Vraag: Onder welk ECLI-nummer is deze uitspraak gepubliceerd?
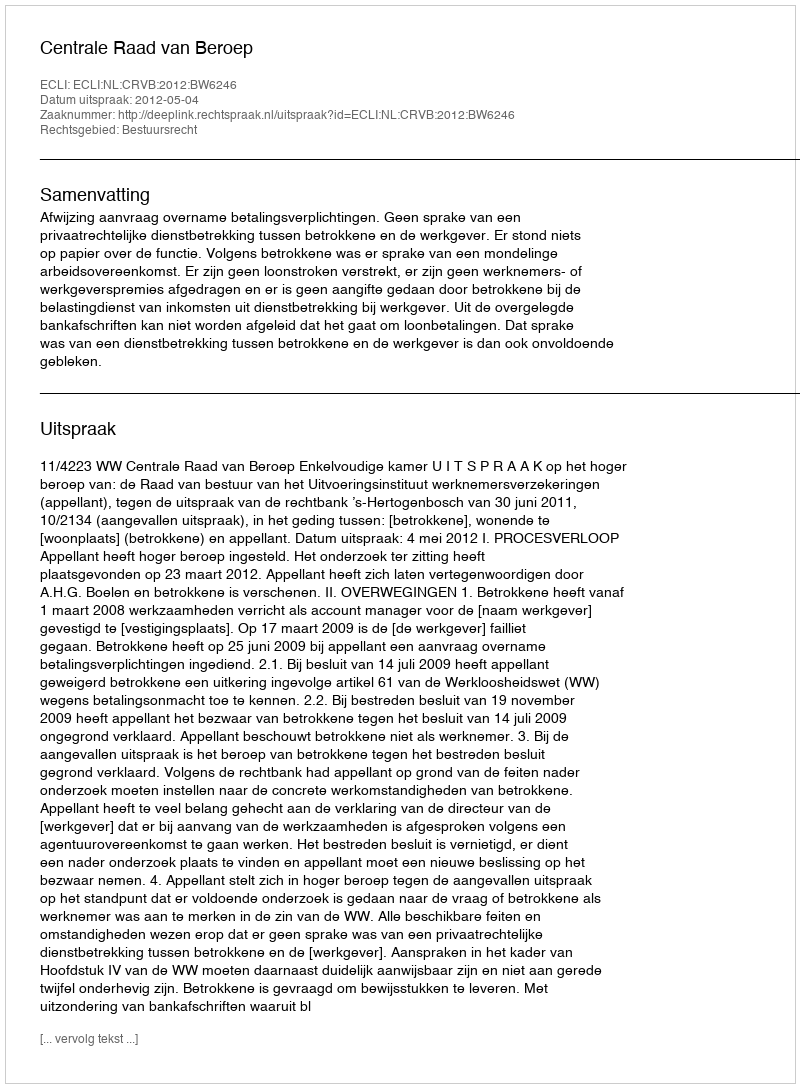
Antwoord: ECLI:NL:CRVB:2012:BW6246